Civil Veterinary Department. Madras. Admin. report 1910-25 - 1910-1925
Year: 1910
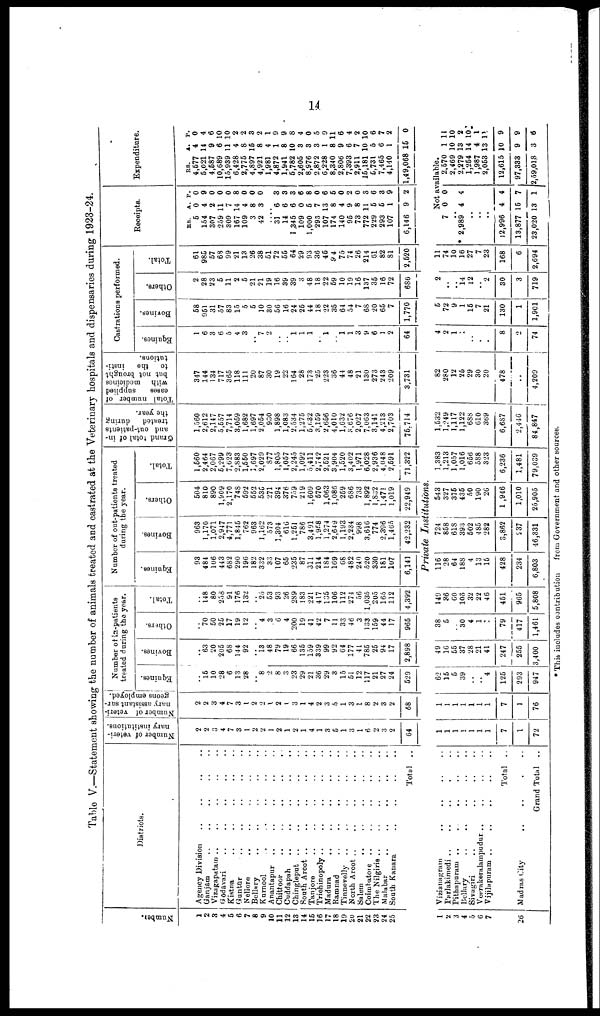
14.
Table V.—Statement showing the number of animals treated and castrated at the Veterinary hospitals and dispensaries during 1923-24.
Numbe r
.
1
2
3
4
5
6
7
8
9
10
11
12
13
14
15
16
17
18
19
20
21
22
23
24
25
1
1
3
4
0
6
7
26
Districts.
Agency Division .. .. .. ..
Ganjam .. .. .. .. ..
Vizagapatam .. .. .. ..
Gōdāvari .. .. .. .. ..
Kistna .. .. .. .. ..
Guntur .. .. .. .. ..
Nellore
.. .. .. .. ..
Bellary .. .. .. .. ..
Kurnool .. .. .. .. ..
Anantapur .. .. .. .. ..
Chittoor .. .. .. .. .. ..
Cuddapah
..
..
..
..
..
Chingleput .. .. .. .. ..
South Arcot .. .. .. ..
Tanjore .. .. .. .. ..
Trichinopoly .. .. .. .. .. ..
Madura
.. .. .. .. ..
Ramnad .. .. .. .. ..
Tinnevelly .. .. .. .. ..
North Arcot .. .. .. ..
Salem
.. .. .. .. ..
Coimbatore .. .. .. .. ..
The Nilgiris .. .. .. .. ..
Malabar
South Kanra .. .. .. ..
Total
..
Vizianagram .. .. .. ..
Parlakimedi .. .. .. ..
Pithapuram .. .. .. ..
Bellary
..
..
..
..
..
Sivagiri .. .. .. .. ..
Veerakeralampudur .. .. .. ..
Total
..
Madras City .. .. .. ..
Grand Total
..
Number of veteri
nary institutions.
2
2
3
4
7
3
1
2
2
1
2
1
2
1
4
1
3
5
1
3
1
6
2
3
2
64
1
1
1
1
1
1
1
7
1
72
Number of veteri
nary assistant sur
geons emploved.
2
2
3
4
7
3
1
2
2
1
2
1
3
1
4
2
3
5
1
3
1
8
2
3
2
68
1
1
1
1
1
1
1
7
1
76
Number of in-patients
treated during the year.
Equines.
.. 15
10
28
6
13
28
..
8
2
8
3
23
29
21
36
29
3
15
51
12
117
21
27
24
529
62
15
5
39
..
..
4
125
293
947
Bovines.
..
63
20
205
68
144
92
.. 13
48
79
19
66
135
159
339
99
92
64
177
41
785
25
94
17
2,898
49
16
55
37
28
21
41
247
255
3,400
Others.
.. 70
50
25
17
19
12
..
4
3
6
4
200
19
41
42
7
11
33
46
3
133
159
44
17
965
38
5
..
30
4
1
2
79
417
1,461
Total.
.. 148
80
258
91
176
132
..
25
53
93
26
289
183
221
417
135
106
112
271
56
1,035
205
165
112
4,392
149
36
60
106
32
22
46
451
965
5,808
Number of out-patients treated
during the year.
Equines.
93
484
106
443
682
290
196
182
332
33
107
65
235
87
311
214
184
169
68
482
240
520
330
181
107
6,141
Bovines.
963
1,170
1,071
2,947
4,771
1,845
762
963
1,162
573
3,304
616
1,251
786
3,491
1,958
1,274
2,649
1,193
2,234
998
3,616
774
2,396
1,465
42,232
Others.
504
810
890
1,909
2,170
748
592
552
535
271
394
376
759
219
1,609
570
1,063
1,086
259
686
733
1,892
1,832
1,471
1,019
22,949
Private Institutions
116
28
64
188
4
13
15
428
234
6,803
724
858
618
393
502
485
282
3,862
5 37
46,331
543
327
375
435
50
190
26
1 ,946
1,010
25,905
Total.
1,560
2,464
2,067
5,299
7,623
2,883
1,550
1,697
2,029
877
1,805
1,057
2,245
1,092
5,411
2,742
2,521
3,904
1,520
3,402
1,971
6,028
2,936
4,048
2,591
71,322
1,383
1,213
1,057
1,016
656
588
323
6,236
1,481
79,039
Grand total of in-
and out-patients
treated
during
the year.
1,560
2,612
2,147
5,557
7,714
3,059
1,682
1,697
2,054
930
1,898
1,083
2.534
1,275
5,032
3,159
2,656
4,010
1,632
3,676
2,027
7,063
3,141
4,213
2,703
75,714
1,532
1,249
1,117
1,122
688
610
369
6,687
2,446
84,847
Total number of
oases
supplied
with
medicines
but not brought
to
the
insti
tutions.
347
144
134
717
365
118
111
20
87
30
19
22
164
28
173
25
223
36
44
48
21
130
273
243
209
3,731
82
280
12
25
29
30
20
478
..
4,209
Castrations performed.
Equines.
1
6
3
6
5
4
3
..
7
2
..
..
1
1
1
..
1
..
1
1
3
9
6
1
2
64
4
2
1
1
..
.
.
8
2
74
Bovines.
58
951
31
57
83
15
5
5
10
30
56
16
24
25
44
18
22
35
64
54
7
68
20
65
7
1,770
5
72
9
1
15
7
21
130
1
1,901
Others.
2
28
23
5
11
2
5
21
21
19
16
39
39
3
48
18
22
59
10
19
16
137
35
16
72
680
2
..
..
14
12
..
2
30
3
719
Total.
61
985
57
68
99
21
13
26
38
51
72
55
64
29
93
36
45
94
75
74
26
214
61
82
81
2,520
11
74
10
16
27
7
23
168
6
2,694
Receipts.
RS.
5
154
307
259
309
167
109
3
42
....
31
14
1 .345
109
1,000
293
107
174
140
95
73
772
229
293
107
6,146
7
..
* 2,989
..
..
..
12,996
13,877
23,020
A.
0
4
2
11
7
14
4
8
3
6
6
6
0
5
7
13
8
4
9
8
11
5
5
1
9
Not
0
4
4
15
13
P.
0
9
0
0
0
8
0
0
0
3
3
3
6
8
0
6
5
0
2
0
3
6
3
9
2
available.
0
4
4
7
1
Expenditure.
RS.
4,577
5,021
4,587
10,689
15,939
6,428
2,775
4,897
4,921
1,981
4,872
1,941
5,782
2,605
8,976
2,872
6,228
8,340
2,806
7,393
2,911
15,181
5,731
7,465
4,140
1,49,068
2,570
2,469
2,279
1,254
1,987
2,053
12,615
97,333
2,59,018
A.
4
14
9
6
11
4
8
15
8
4
1
8
10
3
3
3
1
8 1
9
6
7
10
5
6
1
15
1
10
13
14
4
13
10
9
3
P.
0
4
6
10
10
2
2
3
2
1
9
9
8
4
0
5
9
1
6
4
2
10
6
7
2
0
11
10
2
10
1
11
9
9
6
* This includes contribution
from Government and other sources.